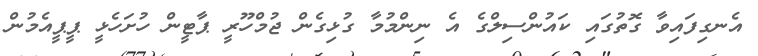
އެނގިފައިވާ ގޮތުގައި ކައުންސިލްގެ އެ ނިންމުމާ ގުޅިގެން ޖުމްހޫރީ ޕާޓީން ހުށަހެޅީ ޕީޕީއެމުން